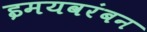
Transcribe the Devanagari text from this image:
इमयवरंबन